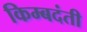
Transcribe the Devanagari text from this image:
किम्बदंती